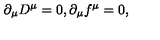
\partial _ { \mu } D ^ { \mu } = 0 , \partial _ { \mu } f ^ { \mu } = 0 ,